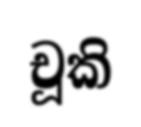
චූකි